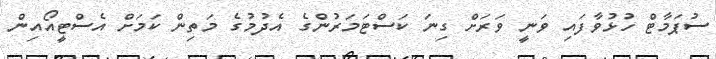
ސުޕަމާޓް ހުޅުވާފައި ވަނީ ވަރަށް ގިނަ ކަސްޓަމަރުންގެ އެދުމުގެ މަތިން ކަމަށް އެސްޓީއޯއިން